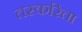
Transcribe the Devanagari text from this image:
तस्करिता